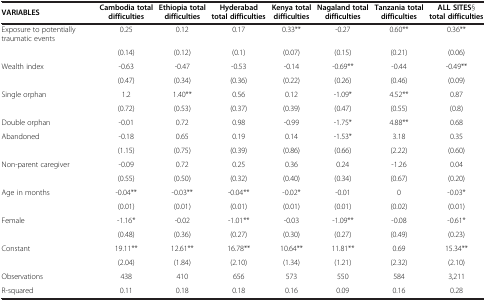
<table><thead><tr><td><b>VARIABLES</b></td><td><b>Cambodia total difficulties</b></td><td><b>Ethiopia total difficulties</b></td><td><b>Hyderabad total difficulties</b></td><td><b>Kenya total difficulties</b></td><td><b>Nagaland total difficulties</b></td><td><b>Tanzania total difficulties</b></td><td><b>ALL SITES§ total difficulties</b></td></tr></thead><tbody><tr><td>Exposure to potentially traumatic events</td><td>0.25</td><td>0.12</td><td>0.17</td><td>0.33**</td><td>-0.27</td><td>0.60**</td><td>0.36**</td></tr><tr><td> </td><td>(0.14)</td><td>(0.12)</td><td>(0.1)</td><td>(0.07)</td><td>(0.15)</td><td>(0.21)</td><td>(0.06)</td></tr><tr><td>Wealth index</td><td>-0.63</td><td>-0.47</td><td>-0.53</td><td>-0.14</td><td>-0.69**</td><td>-0.44</td><td>-0.49**</td></tr><tr><td> </td><td>(0.47)</td><td>(0.34)</td><td>(0.36)</td><td>(0.22)</td><td>(0.26)</td><td>(0.46)</td><td>(0.09)</td></tr><tr><td>Single orphan</td><td>1.2</td><td>1.40**</td><td>0.56</td><td>0.12</td><td>-1.09*</td><td>4.52**</td><td>0.87</td></tr><tr><td> </td><td>(0.72)</td><td>(0.53)</td><td>(0.37)</td><td>(0.39)</td><td>(0.47)</td><td>(0.55)</td><td>(0.8)</td></tr><tr><td>Double orphan</td><td>-0.01</td><td>0.72</td><td>0.98</td><td>-0.99</td><td>-1.75*</td><td>4.88**</td><td>0.68</td></tr><tr><td>Abandoned</td><td>-0.18</td><td>0.65</td><td>0.19</td><td>0.14</td><td>-1.53*</td><td>3.18</td><td>0.35</td></tr><tr><td> </td><td>(1.15)</td><td>(0.75)</td><td>(0.39)</td><td>(0.86)</td><td>(0.66)</td><td>(2.22)</td><td>(0.60)</td></tr><tr><td>Non-parent caregiver</td><td>-0.09</td><td>0.72</td><td>0.25</td><td>0.36</td><td>0.24</td><td>-1.26</td><td>0.04</td></tr><tr><td> </td><td>(0.55)</td><td>(0.50)</td><td>(0.32)</td><td>(0.40)</td><td>(0.34)</td><td>(0.67)</td><td>(0.20)</td></tr><tr><td>Age in months</td><td>-0.04**</td><td>-0.03**</td><td>-0.04**</td><td>-0.02*</td><td>-0.01</td><td>0</td><td>-0.03*</td></tr><tr><td> </td><td>(0.01)</td><td>(0.01)</td><td>(0.01)</td><td>(0.01)</td><td>(0.01)</td><td>(0.02)</td><td>(0.01)</td></tr><tr><td>Female</td><td>-1.16*</td><td>-0.02</td><td>-1.01**</td><td>-0.03</td><td>-1.09**</td><td>-0.08</td><td>-0.61*</td></tr><tr><td> </td><td>(0.48)</td><td>(0.36)</td><td>(0.27)</td><td>(0.30)</td><td>(0.27)</td><td>(0.49)</td><td>(0.23)</td></tr><tr><td>Constant</td><td>19.11**</td><td>12.61**</td><td>16.78**</td><td>10.64**</td><td>11.81**</td><td>0.69</td><td>15.34**</td></tr><tr><td> </td><td>(2.04)</td><td>(1.84)</td><td>(2.10)</td><td>(1.34)</td><td>(1.21)</td><td>(2.32)</td><td>(2.10)</td></tr><tr><td>Observations</td><td>438</td><td>410</td><td>656</td><td>573</td><td>550</td><td>584</td><td>3,211</td></tr><tr><td>R-squared</td><td>0.11</td><td>0.18</td><td>0.18</td><td>0.16</td><td>0.09</td><td>0.16</td><td>0.28</td></tr></tbody></table>